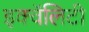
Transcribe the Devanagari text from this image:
इक्वॅलिटी